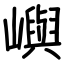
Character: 嶼